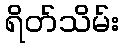
ရိတ်သိမ်း